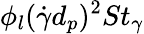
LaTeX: \phi_{l}(\dot{\gamma}d_{p})^{2}St_{\gamma}